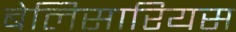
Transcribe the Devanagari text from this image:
बेलिसारियस